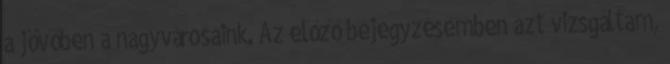
a jövőben a nagyvárosaink. Az előző bejegyzésemben azt vizsgáltam,